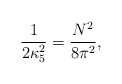
\begin{align*} \frac{1}{2\kappa_5^2}=\frac{N^2}{8\pi^2} ,\end{align*}